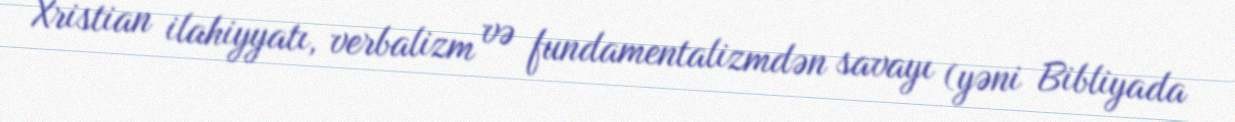
Xristian ilahiyyatı, verbalizm və fundamentalizmdən savayı (yəni Bibliyada